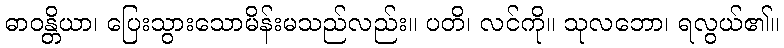
ဓာဝန္တိယာ၊ ပြေးသွားသောမိန်းမသည်လည်း။ ပတိ၊ လင်ကို။ သုလဘော၊ ရလွယ်၏။